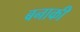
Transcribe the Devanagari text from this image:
बनाकी